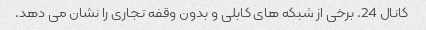
کانال 24. برخی از شبکه های کابلی و بدون وقفه تجاری را نشان می دهد.